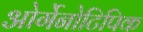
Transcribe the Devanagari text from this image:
ओर्गेनोटिपिक